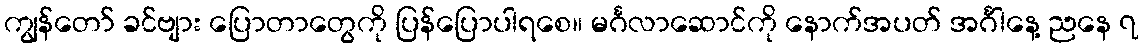
ကျွန်တော် ခင်ဗျား ပြောတာတွေကို ပြန်ပြောပါရစေ။ မင်္ဂလာဆောင်ကို နောက်အပတ် အင်္ဂါနေ့ ညနေ ၇